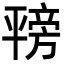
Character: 𪪇